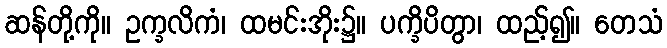
ဆန်တို့ကို။ ဥက္ခလိကံ၊ ထမင်းအိုး၌။ ပက္ခိပိတွာ၊ ထည့်၍။ တေသံ